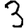
Digit: 3